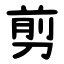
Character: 剪